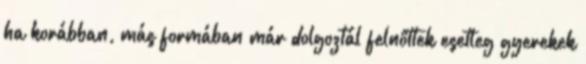
ha korábban, más formában már dolgoztál felnőttek esetleg gyerekek